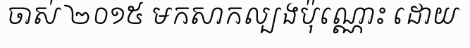
ចាស់ ២០១៥ មកសាកល្បងប៉ុណ្ណោះ ដោយ